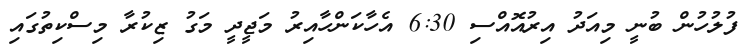
ފުލުހުން ބުނީ މިއަދު އިރުއޮއްސި 6:30 އެހާކަންހާއިރު މަޖީދީ މަގު ޒިކުރާ މިސްކިތުގައި